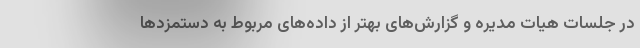
در جلسات هیات مدیره و گزارش‌های بهتر از داده‌های مربوط به دستمزدها